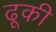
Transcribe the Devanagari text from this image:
ढूकी